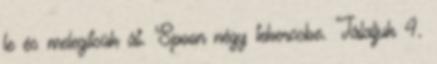
le és melegítsük át. Spoon négy tekercsbe. Tálaljuk 4.